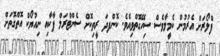
ފްލޯރަށް އެރުމުން ކެމީލާވެސް ސިހޭގޮތްވިއެވެ. ކޮންފދަ ރީތިކޮށް ސެންޓްރަލް ޕާކާއި ނިއުޔޯކް އޮތްގޮތަށް